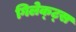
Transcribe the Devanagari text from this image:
गिलेक्ट्स